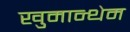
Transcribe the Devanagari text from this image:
खुमान्थेम